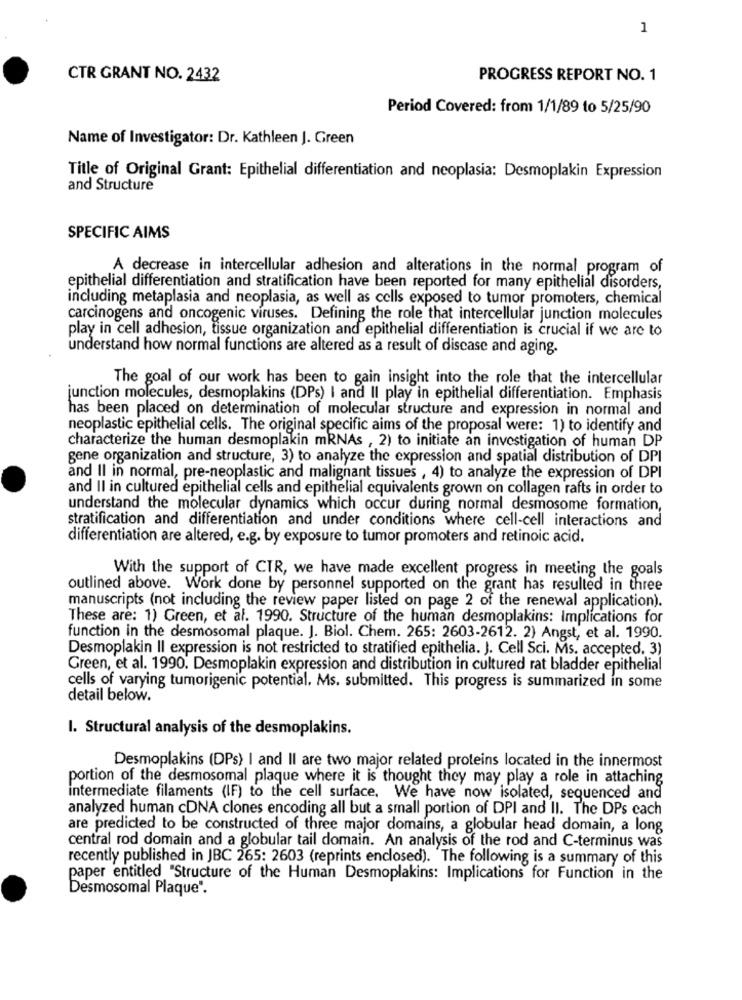
1
CTR GRANT NO. 2432
PROGRESS REPORT NO. 1
Period Covered: from 1/1/89 to 5/25/90
Name of Investigator: Dr. Kathleen J. Green
Title of Original Grant: Epithelial differentiation and neoplasia: Desmoplakin Expression
and Structure
SPECIFIC AIMS
A decrease in intercellular adhesion and alterations in the normal program of
epithelial differentiation and stratification have been reported for many epithelial disorders,
including metaplasia and neoplasia, as well as cells exposed to tumor promoters, chemical
carcinogens and oncogenic viruses. Defining the role that intercellular junction molecules
play in cell adhesion, tissue organization and epithelial differentiation is crucial if we are to
understand how normal functions are altered as a result of disease and aging.
The goal of our work has been to gain insight into the role that the intercellular
junction molecules, desmoplakins (DPs) I and II play in epithelial differentiation. Emphasis
has been placed on determination of molecular structure and expression in normal and
neoplastic epithelial cells. The original specific aims of the proposal were: 1) to identify and
characterize the human desmoplakin mRNAs , 2) to initiate an investigation of human DP
gene organization and structure, 3) to analyze the expression and spatial distribution of DPI
and II in normal, pre-neoplastic and malignant tissues , 4) to analyze the expression of DPI
and II in cultured epithelial cells and epithelial equivalents grown on collagen rafts in order to
understand the molecular dynamics which occur during normal desmosome formation,
stratification and differentiation and under conditions where cell-cell interactions and
differentiation are altered, e.g. by exposure to tumor promoters and retinoic acid.
With the support of CTR, we have made excellent progress in meeting the goals
outlined above. Work done by personnel supported on the grant has resulted in three
manuscripts (not including the review paper listed on page 2 of the renewal application).
These are: 1) Green, et al. 1990. Structure of the human desmoplakins: Implications for
function in the desmosomal plaque. J. Biol. Chem. 265: 2603-2612. 2) Angst, et al. 1990.
Desmoplakin Il expression is not restricted to stratified epithelia. J. Cell Sci. Ms. accepted. 3)
Green, et al. 1990. Desmoplakin expression and distribution in cultured rat bladder epithelial
cells of varying tumorigenic potential. Ms. submitted. This progress is summarized in some
detail below.
I. Structural analysis of the desmoplakins.
Desmoplakins (DPs) I and II are two major related proteins located in the innermost
portion of the desmosomal plaque where it is thought they may play a role in attaching
intermediate filaments (IF) to the cell surface. We have now isolated, sequenced and
analyzed human cDNA clones encoding all but a small portion of DPI and II. The DPs cach
are predicted to be constructed of three major domains, a globular head domain, a long
central rod domain and a globular tail domain. An analysis of the rod and C-terminus was
recently published in JBC 265: 2603 (reprints enclosed). "The following is a summary of this
paper entitled "Structure of the Human Desmoplakins: Implications for Function in the
Desmosomal Plaque".